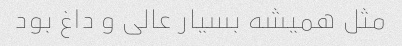
مثل همیشه بسیار عالی و داغ بود